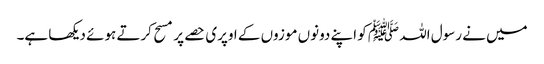
میں نے رسول اللہ ﷺ کو اپنے دونوں موزوں کے اوپری حصے پر مسح کرتے ہوئے دیکھا ہے۔